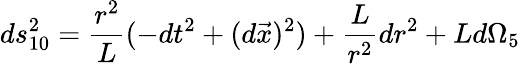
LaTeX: ds_{10}^{2}=\frac{r^{2}}{L}(-dt^{2}+(d\vec{x})^{2})+\frac{L}{r^{2}}dr^{2}+Ld\Omega_{5}